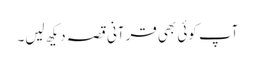
آپ کوئی بھی قرآنی قصہ دیکھ لیں۔